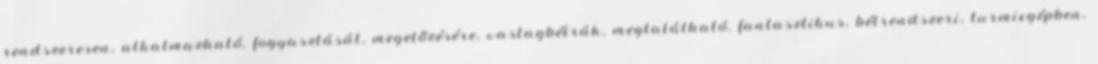
rendszeresen, alkalmazható, fogyasztását, megelőzésére, vastagbélrák, megtalálható, fantasztikus, bélrendszeri, turmixgépben,